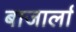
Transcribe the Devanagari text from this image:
बाजार्ला